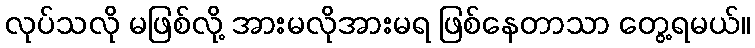
လုပ်သလို မဖြစ်လို့ အားမလိုအားမရ ဖြစ်နေတာသာ တွေ့ရမယ်။